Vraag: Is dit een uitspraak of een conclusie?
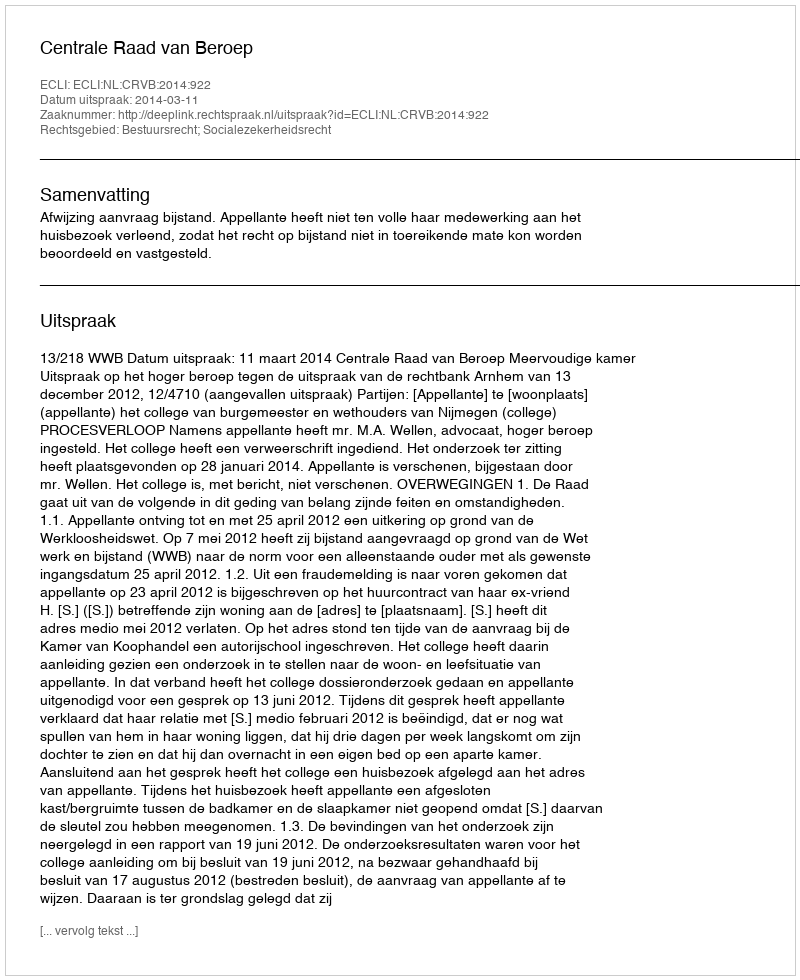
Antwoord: Uitspraak